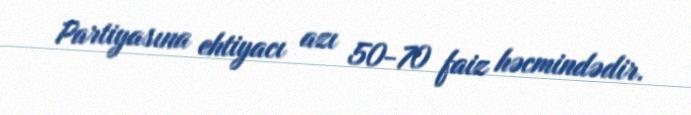
Partiyasına ehtiyacı azı 50-70 faiz həcmindədir.